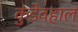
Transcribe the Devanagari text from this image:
कुंडेवहाल